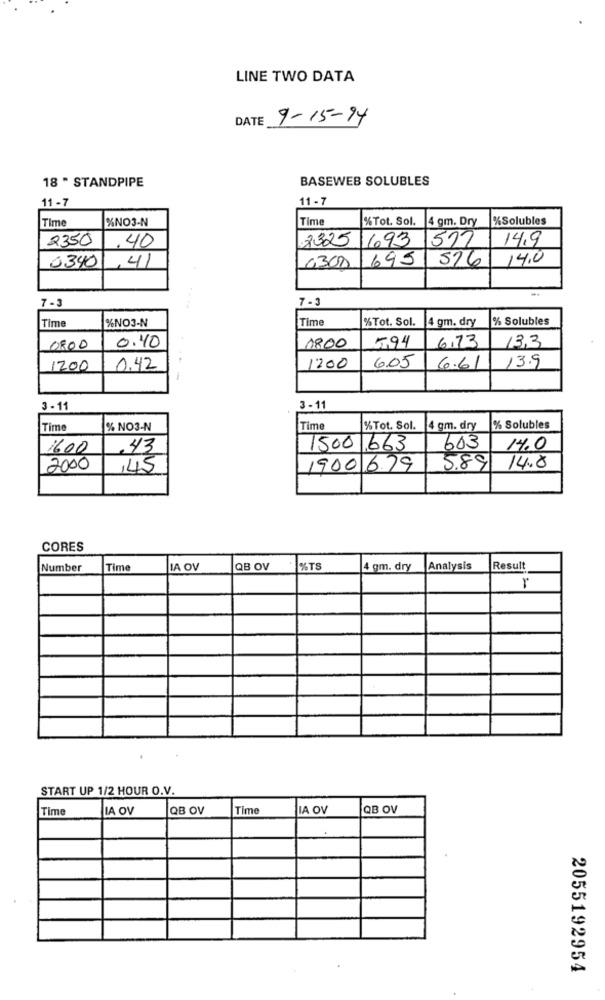
LINE TWO DATA
DATE
9-15-94
18 " STANDPIPE
BASEWEB SOLUBLES
11 -7
11- 7
Time
%NO3-N
|Time
%Tot. Sol.
4 gm. Dry
%Solubles
2350
40
2325
1693
512
14,9
0340
695
576
14.0
,41
0300
7-3
7-3
Time
%NO3-N
Time
%Tot. Sol.
4 gm. dry
% Solubles
5,94
6,73
13,3
0800
0.40
1800
1200
0.42
1200
6.05
6.61
13.9
3 - 11
3 -11
Time
% NO3-N
Time
%Tot. Sol.
4 gm. dry
% Solubles
1600
43
1500 663
603
14.0
2000
,45
1900 679
589
14.8
CORES
Number
Time
IA OV
QB OV
%TS
4 gm. dry
Analysis
Result
r
START UP 1/2 HOUR O.V.
Time
LA OV
QB OV
Time
IA OV
QB OV
2055192954